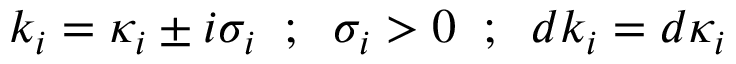
k _ { i } = { \kappa } _ { i } \pm i { \sigma } _ { i } \; \; ; \; \; { \sigma } _ { i } > 0 \; \; ; \; \; d k _ { i } = d { \kappa } _ { i }